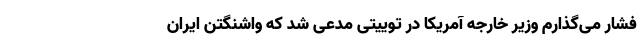
فشار می‌گذارم وزیر خارجه آمریکا در توییتی مدعی شد که واشنگتن ایران